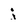
Character: j